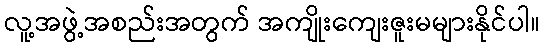
လူ့အဖွဲ့အစည်းအတွက် အကျိုးကျေးဇူးမများနိုင်ပါ။